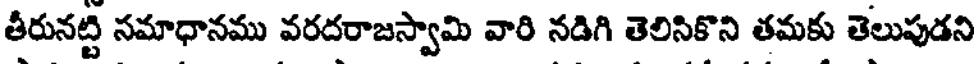
తీరునట్టి సమాధానము వరదరాజస్వామి వారి నడిగి తెలిసికొని తమకు తెలుపుడని